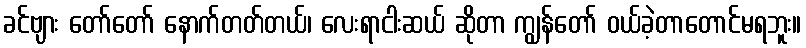
ခင်ဗျား တော်တော် နောက်တတ်တယ်၊ လေးရာငါးဆယ် ဆိုတာ ကျွန်တော် ဝယ်ခဲ့တာတောင်မရဘူး။